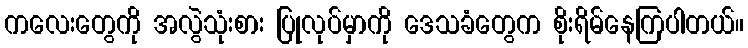
ကလေးတွေကို အလွဲသုံးစား ပြုလုပ်မှာကို ဒေသခံတွေက စိုးရိမ်နေကြပါတယ်။